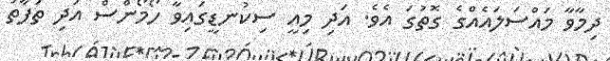
ދިމާވާ މައްސަލައެއްގެ ގޮތުގަ އެވެ. އަދި މިއީ ސިކުނޑީގައިވާ ހޯމޯންސް އަދި ތަފާތު